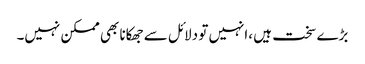
بڑے سخت ہیں ،انہیں تو دلائل سے جھکانا بھی ممکن نہیں۔